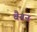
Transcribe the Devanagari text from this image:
बैनन